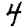
Digit: 4